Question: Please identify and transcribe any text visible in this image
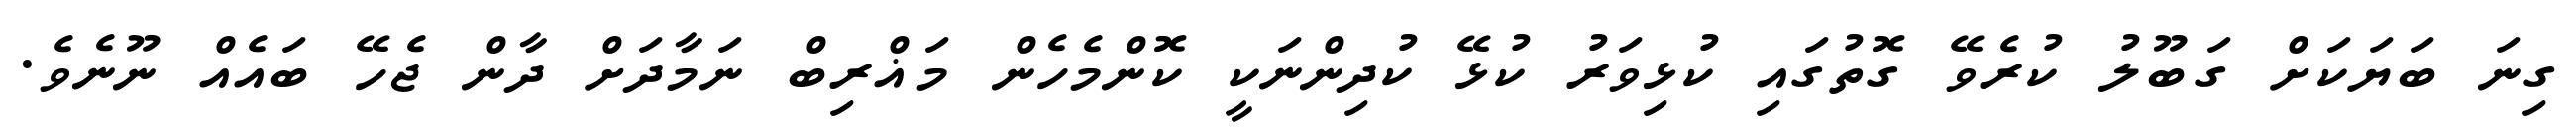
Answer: ގިނަ ބަޔަކަށް ގަބޫލު ކުރެވޭ ގޮތުގައި ކުޅިވަރު ކުޅޭ ކުދިންނަކީ ކޮންމެހެން މަޣްރިބް ނަމާދަށް ދާން ޖެހޭ ބައެއް ނޫނެވެ.